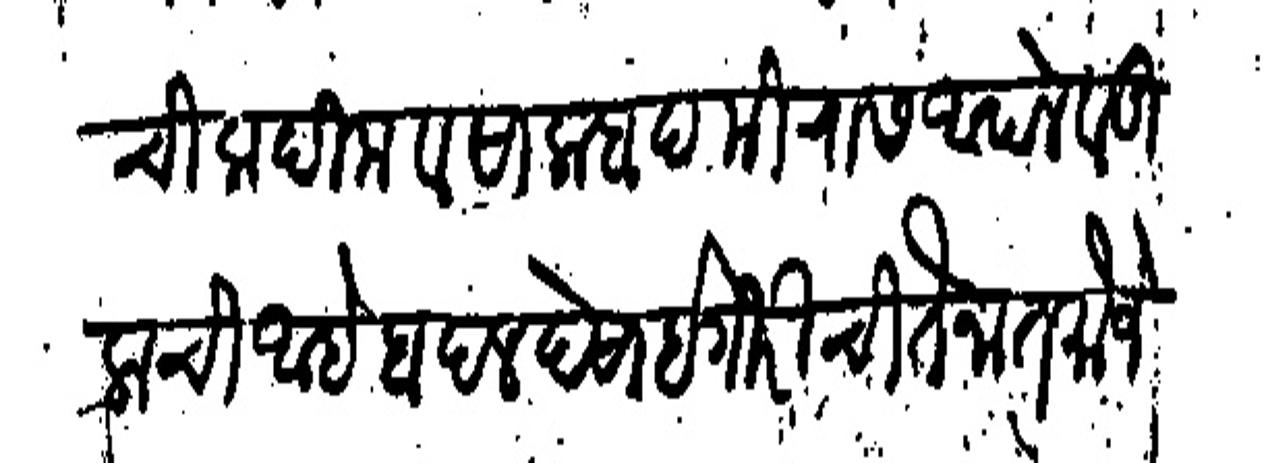
Transliteration (Devanagari): चि कदीम व सालाबाद मिरास आपले वडीलाची आहे बदल देसाईगीरीची तैनात मौजे